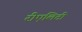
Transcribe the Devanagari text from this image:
रीएलिटी